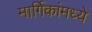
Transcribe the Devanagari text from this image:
मार्गिकांमध्ये